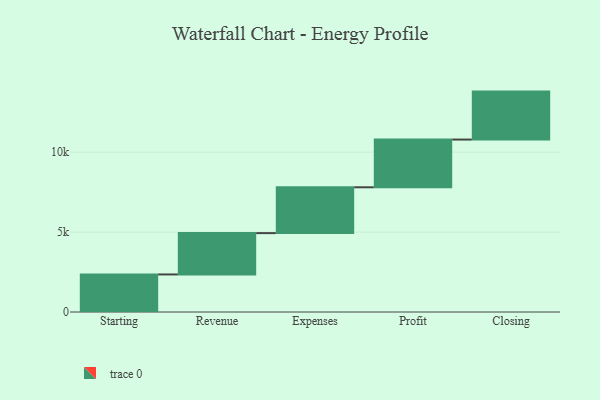
{"axis": {"x": "Step", "y": "Value"}, "legend": [""], "data": [{"x": "Starting", "y": 2349.0, "type": ""}, {"x": "Revenue", "y": 2585.0, "type": ""}, {"x": "Expenses", "y": 2868.0, "type": ""}, {"x": "Profit", "y": 2985.0, "type": ""}, {"x": "Closing", "y": 3000, "type": ""}]}